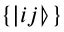
\{ | i j \rrangle \}